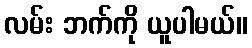
လမ်း ဘက်ကို ယူပါမယ်။